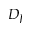
D _ { J }